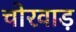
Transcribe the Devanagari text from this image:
चोरवाड़